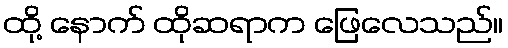
ထို့ နောက် ထိုဆရာက ဖြေလေသည်။